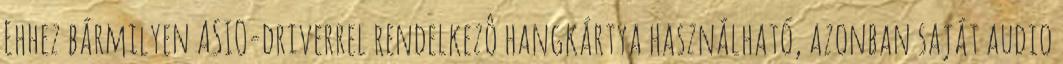
Ehhez bármilyen ASIO-driverrel rendelkezô hangkártya használható, azonban saját audio